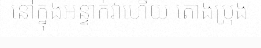
នៅក្នុងអន្ទាក់វាហើយ តោងប្រុង